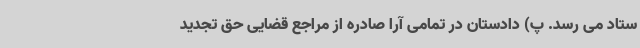
ستاد می رسد. پ) دادستان در تمامی آرا صادره از مراجع قضایی حق تجدید